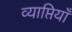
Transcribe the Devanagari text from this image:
व्याप्तियाँ